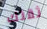
ثقتك